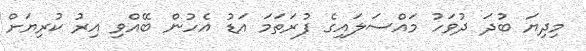
މިދިޔަ ބުދަ ދުވަހު މައްސަލައިގެ ފުރަތަމަ އަޑު އެހުން ބޭއްވި އިރު ކުރިޔަށް